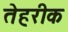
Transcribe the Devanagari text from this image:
तेहरीक